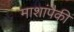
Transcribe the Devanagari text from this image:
माशांपैकी